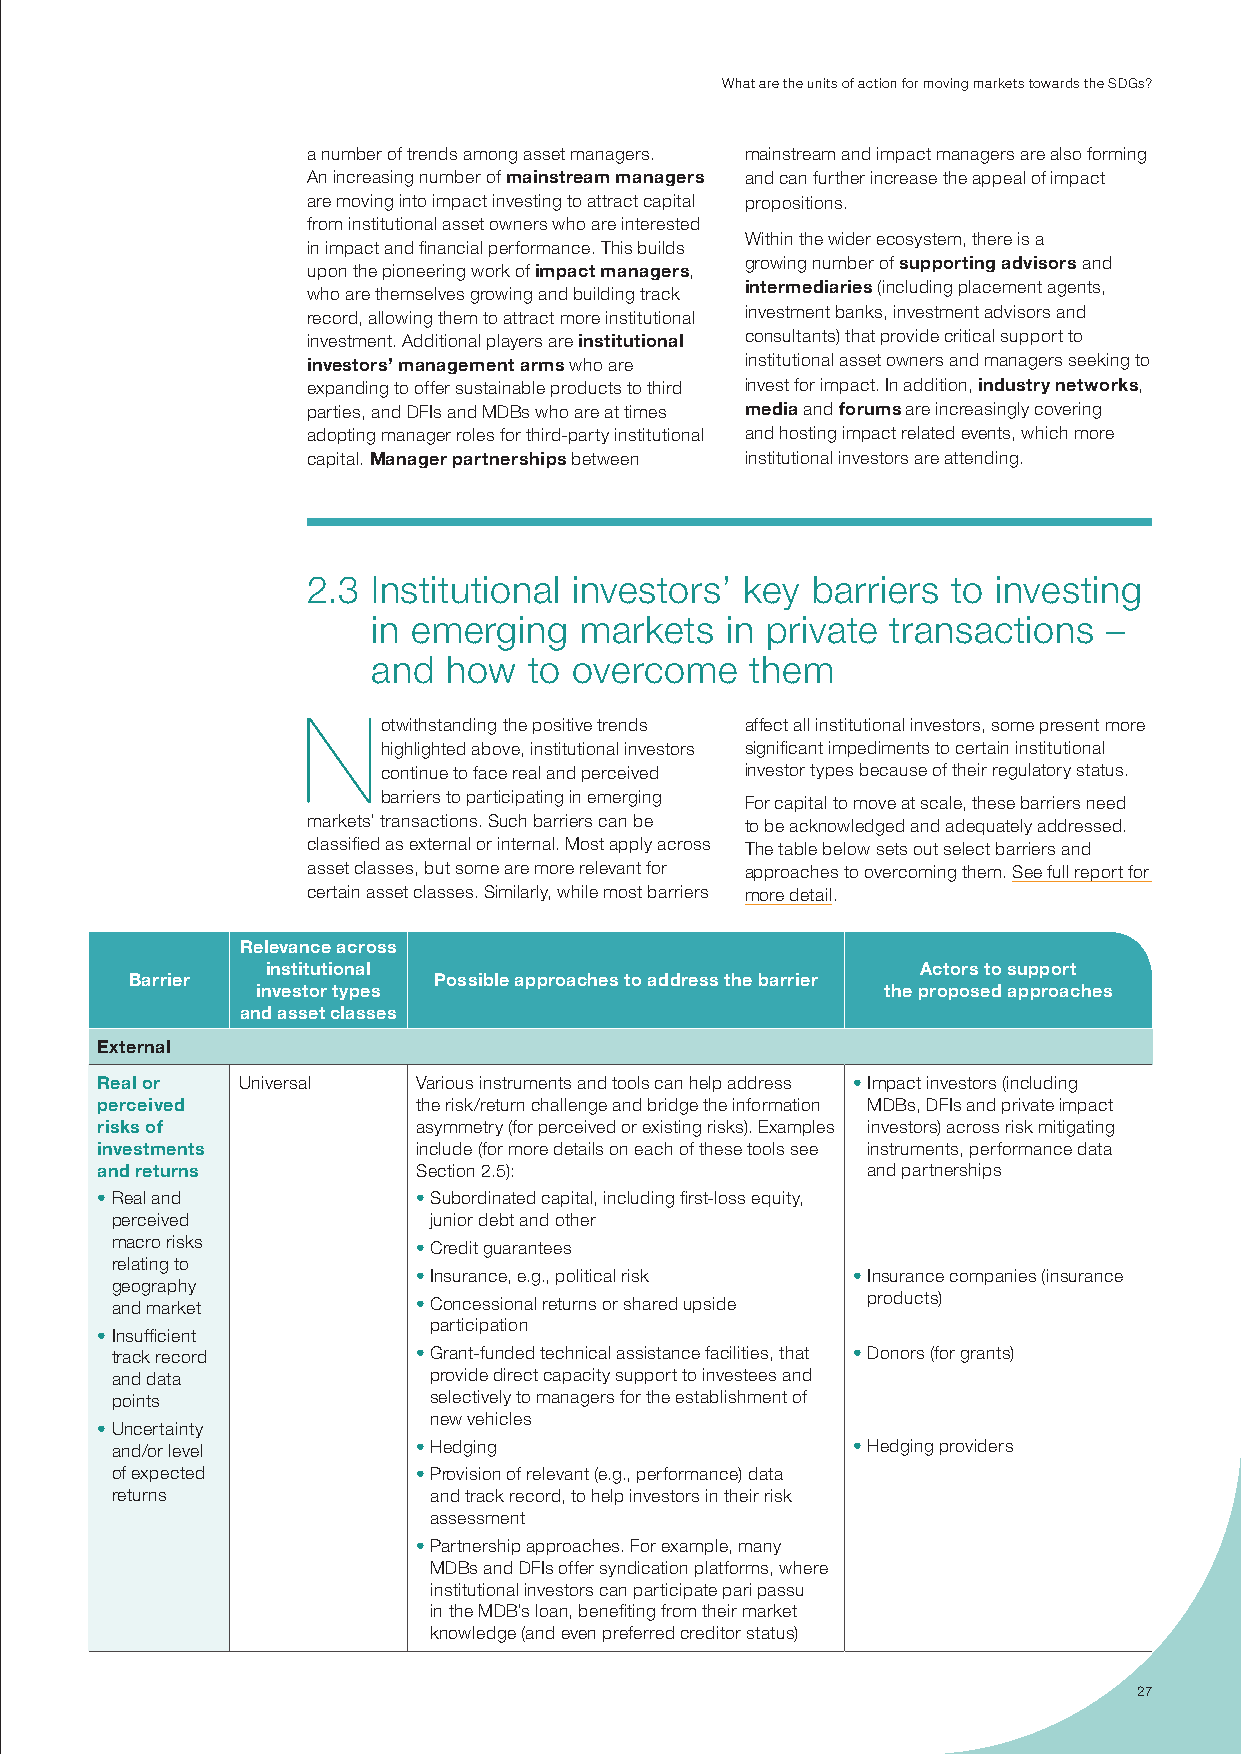
What are the units of action for moving markets towards the sdGs?
 a number of trends among asset managers. mainstream and impact managers are also forming
 An increasing number of mainstream managers and can further increase the appeal of impact
 are moving into impact investing to attract capital propositions.
 from institutional asset owners who are interested
 Within the wider ecosystem, there is a
 in impact and financial performance. this builds
 growing number of supporting advisors and
 upon the pioneering work of impact managers,
 intermediaries (including placement agents,
 who are themselves growing and building track
 record, allowing them to attract more institutional investment banks, investment advisors and
 investment. Additional players are institutional consultants) that provide critical support to
 investors’ management arms who are institutional asset owners and managers seeking to
 expanding to offer sustainable products to third invest for impact. in addition, industry networks,
 parties, and dFis and mdBs who are at times media and forums are increasingly covering
 adopting manager roles for third-party institutional and hosting impact related events, which more
 capital. Manager partnerships between institutional investors are attending.
 2.3  institutional investors’ key barriers to investing
 in emerging  markets   in private transactions  –
 and  how  to overcome    them
 N
 otwithstanding the positive trends affect all institutional investors, some present more
 highlighted above, institutional investors significant impediments to certain institutional
 continue to face real and perceived investor types because of their regulatory status.
 barriers to participating in emerging
 For capital to move at scale, these barriers need
 markets’ transactions. such barriers can be to be acknowledged and adequately addressed.
 classified as external or internal. most apply across the table below sets out select barriers and
 asset classes, but some are more relevant for approaches to overcoming them. see full report for
 certain asset classes. similarly, while most barriers more detail.
 Relevance across
 institutional                              Actors to support
 Barrier             Possible approaches to address the barrier
 investor types                            the proposed approaches
 and asset classes
 External
 Real or   universal   various instruments and tools can help address • impact investors (including
 perceived             the risk/return challenge and bridge the information mdBs, dFis and private impact
 risks of              asymmetry (for perceived or existing risks). examples investors) across risk mitigating
 investments           include (for more details on each of these tools see instruments, performance data
 and returns           section 2.5):                and partnerships
 • real and            • subordinated capital, including first-loss equity,
 perceived            junior debt and other
 macro risks          • credit guarantees
 relating to
 • insurance, e.g., political risk • insurance companies (insurance
 geography
 and market           • concessional returns or shared upside products)
 participation
 • insufficient
 track record         • Grant-funded technical assistance facilities, that • donors (for grants)
 and data             provide direct capacity support to investees and
 points               selectively to managers for the establishment of
 new vehicles
 • uncertainty
 and/or level         • hedging                   • hedging providers
 of expected          • provision of relevant (e.g., performance) data
 returns              and track record, to help investors in their risk
 assessment
 • partnership approaches. For example, many
 mdBs and dFis offer syndication platforms, where
 institutional investors can participate pari passu
 in the mdB’s loan, benefiting from their market
 knowledge (and even preferred creditor status)
 27